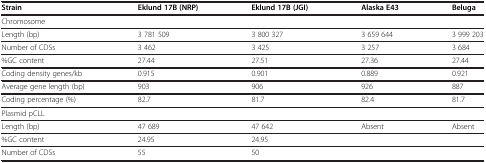
<table><thead><tr><td><b>Strain</b></td><td><b>Eklund 17B (NRP)</b></td><td><b>Eklund 17B (JGI)</b></td><td><b>Alaska E43</b></td><td><b>Beluga</b></td></tr></thead><tbody><tr><td>Chromosome</td><td> </td><td> </td><td> </td><td> </td></tr><tr><td>Length (bp)</td><td>3 781 509</td><td>3 800 327</td><td>3 659 644</td><td>3 999 203</td></tr><tr><td>Number of CDSs</td><td>3 462</td><td>3 425</td><td>3 257</td><td>3 684</td></tr><tr><td>%GC content</td><td>27.44</td><td>27.51</td><td>27.36</td><td>27.44</td></tr><tr><td>Coding density genes/kb</td><td>0.915</td><td>0.901</td><td>0.889</td><td>0.921</td></tr><tr><td>Average gene length (bp)</td><td>903</td><td>906</td><td>926</td><td>887</td></tr><tr><td>Coding percentage (%)</td><td>82.7</td><td>81.7</td><td>82.4</td><td>81.7</td></tr><tr><td>Plasmid pCLL</td><td> </td><td> </td><td> </td><td> </td></tr><tr><td>Length (bp)</td><td>47 689</td><td>47 642</td><td>Absent</td><td>Absent</td></tr><tr><td>%GC content</td><td>24.95</td><td>24.95</td><td> </td><td> </td></tr><tr><td>Number of CDSs</td><td>55</td><td>50</td><td> </td><td> </td></tr></tbody></table>